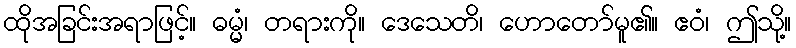
ထိုအခြင်းအရာဖြင့်။ ဓမ္မံ၊ တရားကို။ ဒေသေတိ၊ ဟောတော်မူ၏။ ဧဝံ၊ ဤသို့။